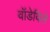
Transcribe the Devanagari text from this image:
वॉडेविले